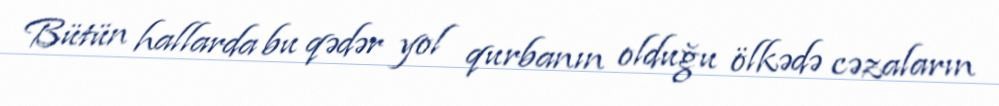
Bütün hallarda bu qədər yol qurbanın olduğu ölkədə cəzaların